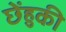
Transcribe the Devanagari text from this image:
छेंहुकी